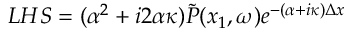
L H S = ( \alpha ^ { 2 } + i 2 \alpha \kappa ) \Tilde { P } ( x _ { 1 } , \omega ) e ^ { - ( \alpha + i \kappa ) \Delta x }